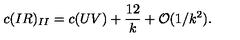
c ( I R ) _ { I I } = c ( U V ) + { \frac { 1 2 } { k } } + { \cal O } ( 1 / k ^ { 2 } ) .